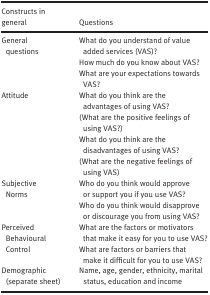
<table><thead><tr><td><b>Constructs in general</b></td><td><b>Questions</b></td></tr></thead><tbody><tr><td>General questions</td><td>What do you understand of value added services (VAS)?How much do you know about VAS?What are your expectations towards VAS?</td></tr><tr><td>Attitude</td><td>What do you think are the advantages of using VAS?(What are the positive feelings of using VAS?)What do you think are the disadvantages of using VAS?(What are the negative feelings of using VAS)</td></tr><tr><td>Subjective Norms</td><td>Who do you think would approve or support you if you use VAS?Who do you think would disapprove or discourage you from using VAS?</td></tr><tr><td>Perceived Behavioural Control</td><td>What are the factors or motivators that make it easy for you to use VAS?What are factors or barriers that make it difficult for you to use VAS?</td></tr><tr><td>Demographic (separate sheet)</td><td>Name, age, gender, ethnicity, marital status, education and income</td></tr></tbody></table>